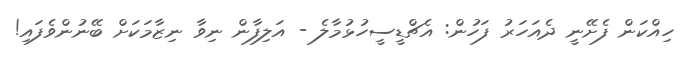
ހިއްކަން ފެށޭނީ ދެއަހަރު ފަހުން: އެޗްޑީސީހުޅުމާލެ - އަލިފާން ނިވާ ނިޒާމަކަށް ބޭނުންވެފައި!